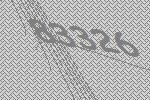
83326